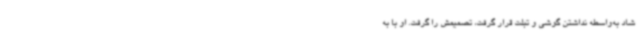
شاد به‌واسطه نداشتن گوشی و تبلت قرار گرفت، تصمیمش را گرفت. او با به